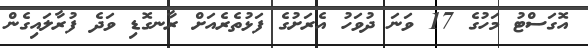
އޮގަސްޓު މަހުގެ 17 ވަނަ ދުވަހު އެރަށުގެ ފަޅުތެރެއަށް ރާނގޮޑި ވަދެ ފުރާލައިގެން